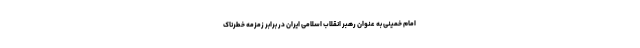
امام خمینی به عنوان رهبر انقلاب اسلامی ایران در برابر زمزمه خطرناک